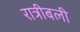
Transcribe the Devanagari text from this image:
रात्रीबली